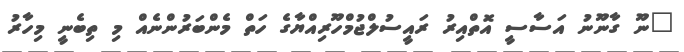
"ނޫ ގާނޫނު އަސާސީ އޮތްއިރު ރައީސުލްޖުމްހޫރިއްޔާގެ ހަތް މެންބަރުންނެއް މި ތިބެނީ މިހާރު